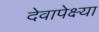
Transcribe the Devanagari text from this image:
देवापेक्ष्या